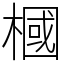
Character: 槶